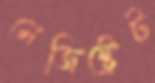
মেজিষ্ট্রেট